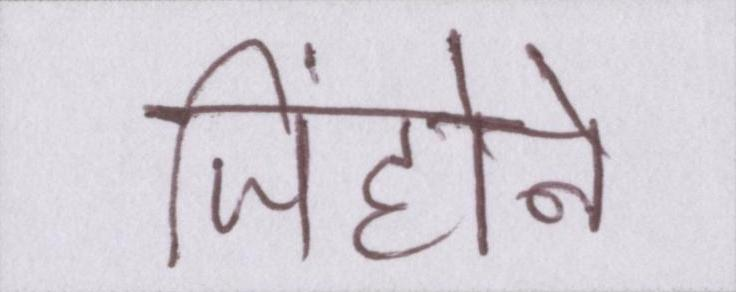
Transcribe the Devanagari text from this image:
जिंहोने